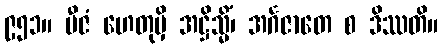
၉၅၁။ ဗီဇံ ဟေတုမှိ အဋ္ဌိသ္မိံ၊ အင်္ဂဇာတေ စ ဒိဿတိ။